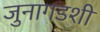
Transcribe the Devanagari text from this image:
जुनागडशी